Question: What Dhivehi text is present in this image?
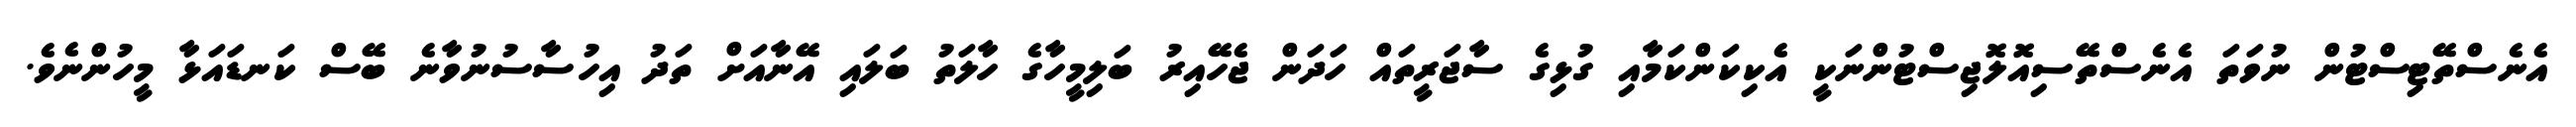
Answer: އެނެސްތޭޓިސްޓުން ނުވަތަ އެނެސްތޭސިއޮލޮޖިސްޓުންނަކީ އެކިކަންކަމާއި ގުޅިގެ ސާޖަރީތައް ހަދަން ޖެހޭއިރު ބަލިމީހާގެ ހާލަތު ބަލައި އޭނާއަށް ތަދު އިހުސާސުނުވާނެ ބޭސް ކަނޑައަޅާ މީހުންނެވެ.